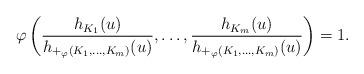
LaTeX: \begin{align*}\varphi\left(\frac{h_{K_1}(u)}{h_{{+}_{\varphi}(K_1,\dots,K_m)}(u)},\dots, \frac{h_{K_m}(u)}{h_{{+}_{\varphi}(K_1,\dots,K_m)}(u)}\right) = 1.\end{align*}